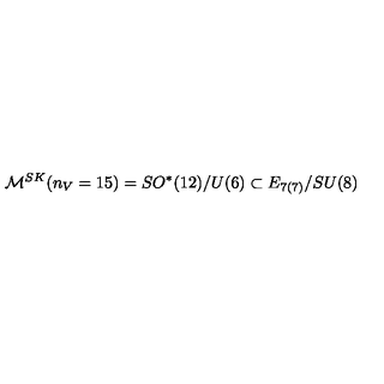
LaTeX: { \cal M } ^ { S K } ( n _ { V } = 1 5 ) = S O ^ { * } ( 1 2 ) / U ( 6 ) \subset E _ { 7 ( 7 ) } / S U ( 8 )